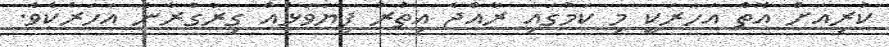
ކުރިއަށް އޮތް އަހަރަކީ މި ކަމުގައި ރާއްޖެ އިތުރު ފިޔަވަޅެއް ގިރާގުރާނެ އަހަރެކެވެ.